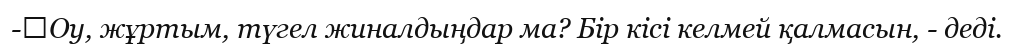
-	Оу, жұртым, түгел жиналдыңдар ма? Бір кісі келмей қалмасын, - деді.